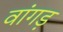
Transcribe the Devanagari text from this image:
वांगड़